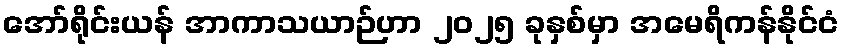
အော်ရိုင်းယန် အာကာသယာဉ်ဟာ ၂၀၂၅ ခုနှစ်မှာ အမေရိကန်နိုင်ငံ